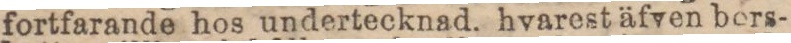
fortfarande hos undertecknad. hvarest äfven bers-